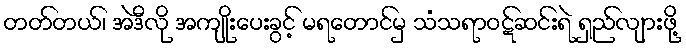
တတ်တယ်၊ အဲဒီလို အကျိုးပေးခွင့် မရတောင်မှ သံသရာဝဋ်ဆင်းရဲ ရှည်လျားဖို့